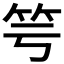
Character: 𥫡